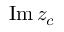
\operatorname { I m } z _ { c }